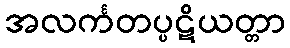
အလင်္ကတပ္ပဋိယတ္တာ